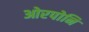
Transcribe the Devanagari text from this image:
ओरपोनि